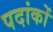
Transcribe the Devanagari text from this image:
पदांकों